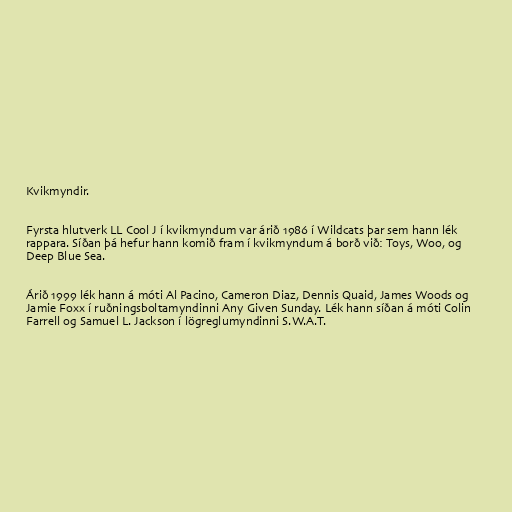
Kvikmyndir.

Fyrsta hlutverk LL Cool J í kvikmyndum var árið 1986 í Wildcats þar sem hann lék
rappara. Síðan þá hefur hann komið fram í kvikmyndum á borð við: Toys, Woo, og
Deep Blue Sea.

Árið 1999 lék hann á móti Al Pacino, Cameron Diaz, Dennis Quaid, James Woods og
Jamie Foxx í ruðningsboltamyndinni Any Given Sunday. Lék hann síðan á móti Colin
Farrell og Samuel L. Jackson í lögreglumyndinni S.W.A.T.